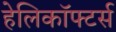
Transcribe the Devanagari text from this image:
हेलिकॉफ्टर्स